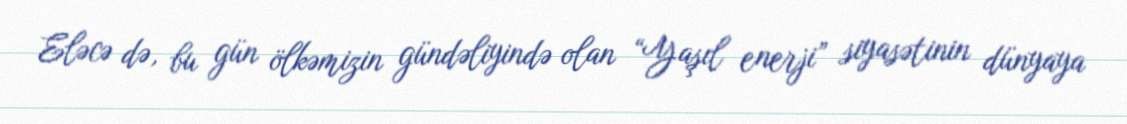
Eləcə də, bu gün ölkəmizin gündəliyində olan “Yaşıl enerji” siyasətinin dünyaya